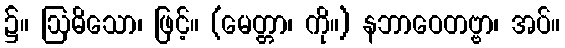
၌။ ဩဓိသော၊ ဖြင့်။ (မေတ္တာ၊ ကို။) နဘာဝေတဗ္ဗာ၊ အပ်။